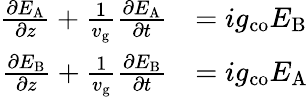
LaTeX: \begin{array}{rl}{\frac{\partial E_{\mathrm{A}}}{\partial z}+\frac{1}{v_{\mathrm{g}}}\frac{\partial E_{\mathrm{A}}}{\partial t}}&{=ig_{\mathrm{co}}E_{\mathrm{B}}}\\ {\frac{\partial E_{\mathrm{B}}}{\partial z}+\frac{1}{v_{\mathrm{g}}}\frac{\partial E_{\mathrm{B}}}{\partial t}}&{=ig_{\mathrm{co}}E_{\mathrm{A}}}\end{array}